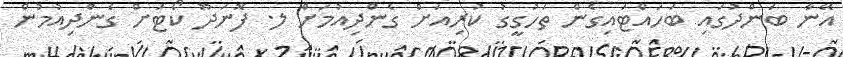
އޭނާ ބަންދުގައި ބަހައްޓައިގެން ތަހުގީގު ކުރިއަށް ގެންދިއުމަށް ލ. ފޮނަދޫ ކޯޓަށް ގެންދިއުމުން